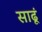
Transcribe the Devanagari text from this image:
साढूं